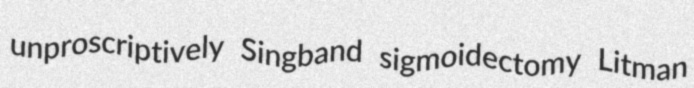
unproscriptively Singband sigmoidectomy Litman